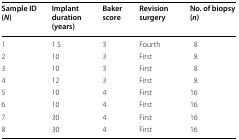
| Sample ID (N) | Implant duration (years) | Baker score | Revision surgery | No. of biopsy (n) |
 | --- | --- | --- | --- | --- |
 | 1 | 1.5 | 3 | Fourth | 8 |
 | 2 | 10 | 3 | First | 8 |
 | 3 | 10 | 3 | First | 8 |
 | 4 | 12 | 3 | First | 8 |
 | 5 | 10 | 4 | First | 16 |
 | 6 | 10 | 4 | First | 16 |
 | 7 | 30 | 4 | First | 16 |
 | 8 | 30 | 4 | First | 16 |